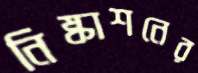
নিষ্কাশনের